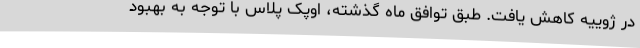
در ژوییه کاهش یافت. طبق توافق ماه گذشته، اوپک پلاس با توجه به بهبود